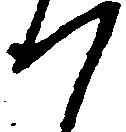
つ